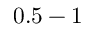
0 . 5 - 1